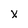
Character: X